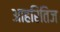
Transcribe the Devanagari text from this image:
आहरितिज